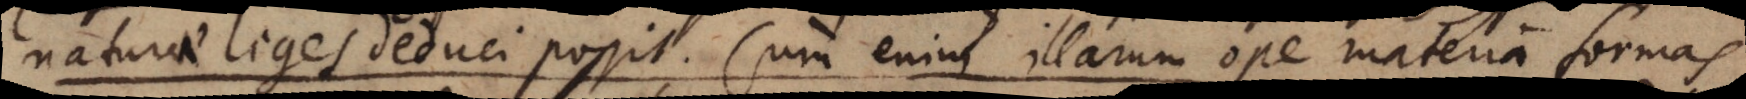
naturae leges deduci possit. Cum enim illarum ope materia formas